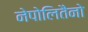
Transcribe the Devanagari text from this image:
नेपोलितैनो